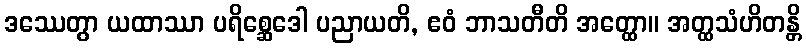
ဒဿေတွာ ယထာဿာ ပရိစ္ဆေဒေါ ပညာယတိ, ဧဝံ ဘာသတီတိ အတ္ထော။ အတ္ထသံဟိတန္တိ